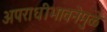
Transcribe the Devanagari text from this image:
अपराधीभावनेमुळे